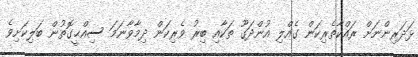
ޅަދަރިންނަށް ރައްކާތެރިކަން ގެއްލި އުންދަގޫ ތަކާއި ބިރު ވެރިކަން ދިމާވާނަމަ ސިއްޙީގޮތުން ބަލިކަށިވެ